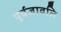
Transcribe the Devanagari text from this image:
पूर्वजावलि